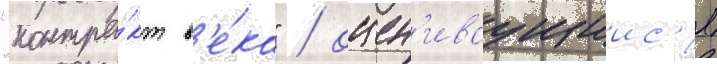
"контра́кт в'е́ка" / оцен'иваущиис'я